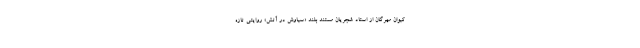
کیوان مهرگان از استاد شجریان مستند بلند «سیاوش در آتش» روایتی تازه